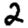
Digit: 2